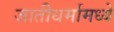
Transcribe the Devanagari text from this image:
जातीधर्मामध्ये